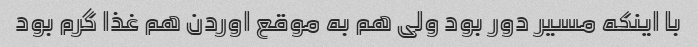
با اینکه مسیر دور بود ولی هم به موقع اوردن هم غذا گرم بود